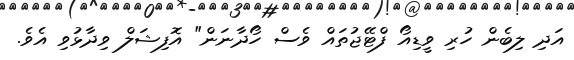
އަދި ލިބެން ހުރި ވީޑިއޯ ފްޓޭޖުތައް ވެސް ހޯދާނަން" އޮފިޝަލް ވިދާޅުވި އެވެ.